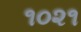
૧૦૨૧